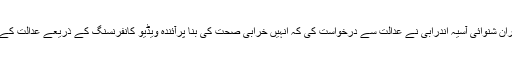
اطلاعات کے مطابق دوران شنوائی آسیہ اندرابی نے عدالت سے درخواست کی کہ اُنہیں خرابی صحت کی بنا پرآئندہ ویڈیو کانفرنسنگ کے ذریعے عدالت کے سامنے پیش کیا جائے ۔